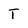
Character: T